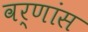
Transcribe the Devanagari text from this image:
वर्णांस